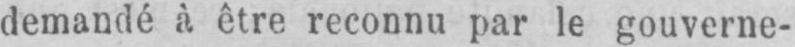
demandé à être reconnu par le gouverne-